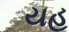
યહ